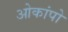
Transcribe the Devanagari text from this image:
ओकांपो